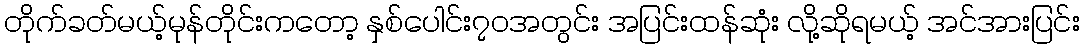
တိုက်ခတ်မယ့်မုန်တိုင်းကတော့ နှစ်ပေါင်း၇၀အတွင်း အပြင်းထန်ဆုံး လို့ဆိုရမယ့် အင်အားပြင်း